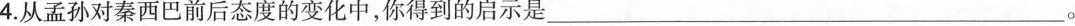
4.从孟孙对秦西巴前后态度的变化中，你得到的启示是________________。